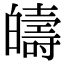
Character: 㿧